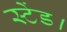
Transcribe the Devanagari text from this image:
स्टेंड।